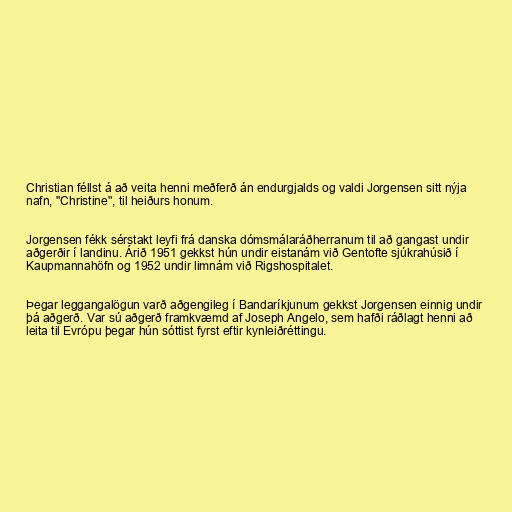
Christian féllst á að veita henni meðferð án endurgjalds og valdi Jorgensen sitt nýja
nafn, "Christine", til heiðurs honum.

Jorgensen fékk sérstakt leyfi frá danska dómsmálaráðherranum til að gangast undir
aðgerðir í landinu. Árið 1951 gekkst hún undir eistanám við Gentofte sjúkrahúsið í
Kaupmannahöfn og 1952 undir limnám við Rigshospitalet.

Þegar leggangalögun varð aðgengileg í Bandaríkjunum gekkst Jorgensen einnig undir
þá aðgerð. Var sú aðgerð framkvæmd af Joseph Angelo, sem hafði ráðlagt henni að
leita til Evrópu þegar hún sóttist fyrst eftir kynleiðréttingu.